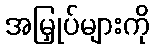
အမြှုပ်များကို